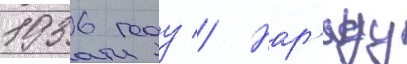
1936 году // Нар'яду